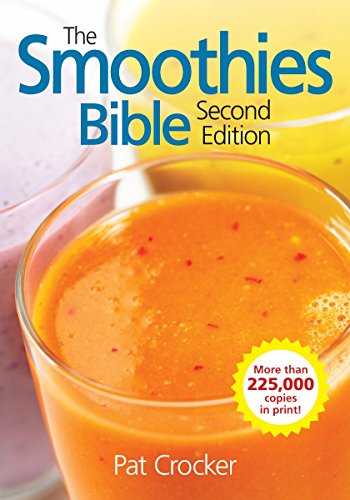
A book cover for The Smoothies Bible; Pat Crocker; Cookbooks, Food & Wine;